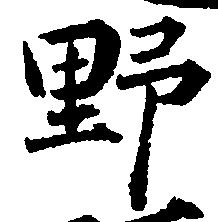
野